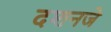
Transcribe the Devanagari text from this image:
दशनजे